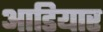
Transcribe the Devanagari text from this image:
आडियार